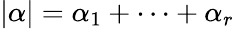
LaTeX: |\alpha|=\alpha_{1}+\cdots+\alpha_{r}